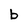
Character: b